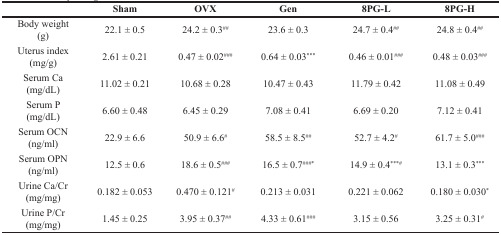
|  | Sham | OVX | Gen | 8PG-L | 8PG-H |
 | --- | --- | --- | --- | --- | --- |
 | Body weight (g) | 22.1 ± 0.5 | 24.2 ± 0.3## | 23.6 ± 0.3 | 24.7 ± 0.4## | 24.8 ± 0.4## |
 | Uterus index (mg/g) | 2.61 ± 0.21 | 0.47 ± 0.02### | 0.64 ± 0.03*** | 0.46 ± 0.01### | 0.48 ± 0.03### |
 | Serum Ca (mg/dL) | 11.02 ± 0.21 | 10.68 ± 0.28 | 10.47 ± 0.43 | 11.79 ± 0.42 | 11.08 ± 0.49 |
 | Serum P (mg/dL) | 6.60 ± 0.48 | 6.45 ± 0.29 | 7.08 ± 0.41 | 6.69 ± 0.20 | 7.12 ± 0.41 |
 | Serum OCN (ng/ml) | 22.9 ± 6.6 | 50.9 ± 6.6# | 58.5 ± 8.5## | 52.7 ± 4.2# | 61.7 ± 5.0### |
 | Serum OPN (ng/ml) | 12.5 ± 0.6 | 18.6 ± 0.5### | 16.5 ± 0.7###* | 14.9 ± 0.4***# | 13.1 ± 0.3*** |
 | Urine Ca/Cr (mg/mg) | 0.182 ± 0.053 | 0.470 ± 0.121# | 0.213 ± 0.031 | 0.221 ± 0.062 | 0.180 ± 0.030* |
 | Urine P/Cr (mg/mg) | 1.45 ± 0.25 | 3.95 ± 0.37## | 4.33 ± 0.61### | 3.15 ± 0.56 | 3.25 ± 0.31# |